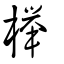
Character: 櫸